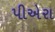
પીએરા